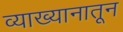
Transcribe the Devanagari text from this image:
व्याख्यानातून